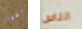
بصور الناس